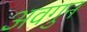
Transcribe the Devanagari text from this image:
अवगुन